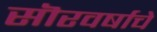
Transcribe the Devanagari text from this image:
सॊरवर्षाचे